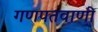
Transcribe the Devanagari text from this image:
गणपतवाणी